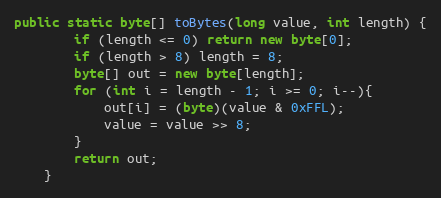
Language: Java
public static byte[] toBytes(long value, int length) {
        if (length <= 0) return new byte[0];
        if (length > 8) length = 8;
        byte[] out = new byte[length];
        for (int i = length - 1; i >= 0; i--){
            out[i] = (byte)(value & 0xFFL);
            value = value >> 8;
        }
        return out;
    }